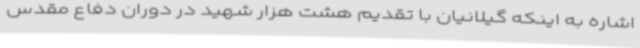
اشاره به اینکه گیلانیان با تقدیم هشت هزار شهید در دوران دفاع مقدس